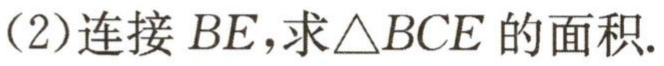
(2)连接 \(BE\)，求\(\triangle BCE\) 的面积.